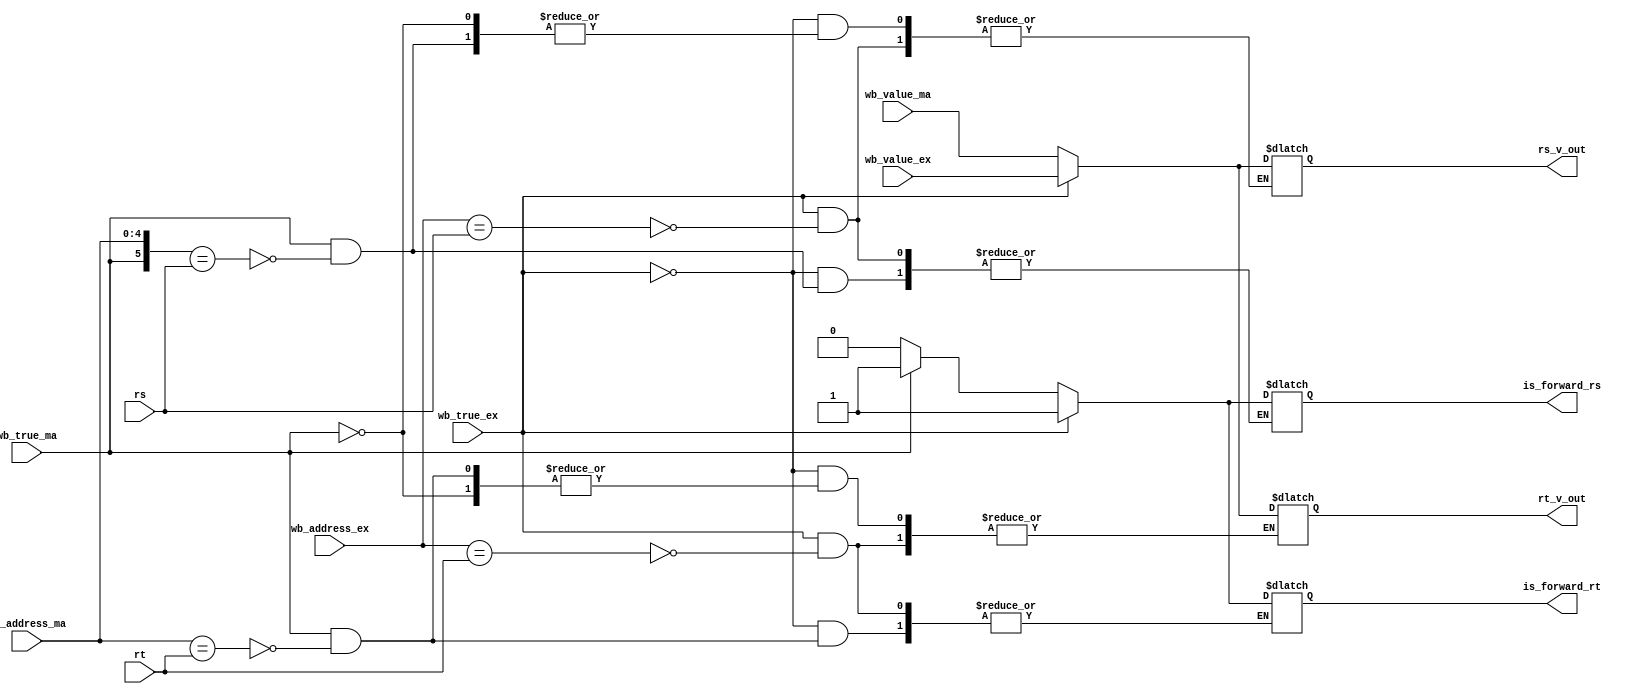
module forward(
			   input wire [4:0]  rs, //rs_reg from id
			   input wire [4:0]  rt, //rt_reg from id
			   input wire 		 wb_true_ex,
			   input wire 		 wb_true_ma,
			   input wire [4:0]  wb_address_ex,
			   input wire [31:0] wb_value_ex,
			   input wire [4:0]  wb_address_ma,
			   input wire [31:0] wb_value_ma,

			   output reg [31:0] rs_v_out,
			   output reg [31:0] rt_v_out,
			   output reg 		 is_forward_rs,
			   output reg 		 is_forward_rt);
   
   wire [37:0] 					 f_reg [0:1];
   
   assign f_reg [0] = {wb_true_ex, wb_address_ex, wb_value_ex};
   assign f_reg [1] = {wb_true_ma, wb_address_ma, wb_value_ma};
   
   
   
   
   always @(*) begin
	  //for rs
	  if (f_reg [0][37] == 1'b1) begin 
		 if(f_reg [0][36:32] == rs) begin
			rs_v_out <= f_reg [0][31:0];
			is_forward_rs <= 1'b1;
		 end
	  end
	  else if(f_reg [1][37] == 1'b1) begin
		 if(f_reg [1][37:32] == rs) begin
			rs_v_out <= f_reg [1][31:0];
			is_forward_rs <= 1;
		 end
	  end
	  else begin
		 is_forward_rs <= 0;
	  end
   end
   
   
   always @(*) begin
	  if (f_reg [0][37] == 1'b1) begin 
		 if(f_reg [0][36:32] == rt) begin
			rt_v_out <= f_reg [0][31:0];
			is_forward_rt <= 1'b1;
		 end
	  end
	  else if(f_reg [1][37] == 1'b1) begin
		 if(f_reg [1][36:32] == rt) begin
			rt_v_out <= f_reg [1][31:0];
			is_forward_rt <= 1;
		 end
	  end
	  else begin
		 is_forward_rt <= 0;
	  end
   end
	  

   
   
endmodule